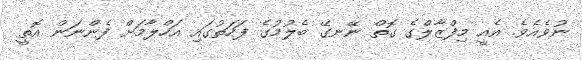
ނުވެއެވެ. އެއީ މިފްޒާލްގެ ގޮތް ނޭނގޭ ބެލުމުގެ ފަހަތުގައި އަހްލާމަށް ފެންނަން އޮތީ